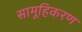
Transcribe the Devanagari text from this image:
सामूहिकरण